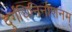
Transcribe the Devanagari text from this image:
दुर्गंधिनिर्नाशनम्